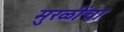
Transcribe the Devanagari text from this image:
मुरळींचा